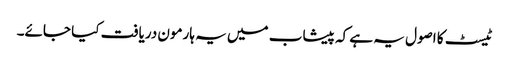
ٹیسٹ کا اصول یہ ہے کہ پیشاب میں یہ ہارمون دریافت کیا جائے۔